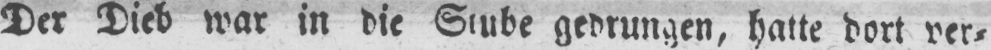
Der Dieb war in die Stube gedrungen, hatte dort ver⸗